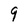
Character: g